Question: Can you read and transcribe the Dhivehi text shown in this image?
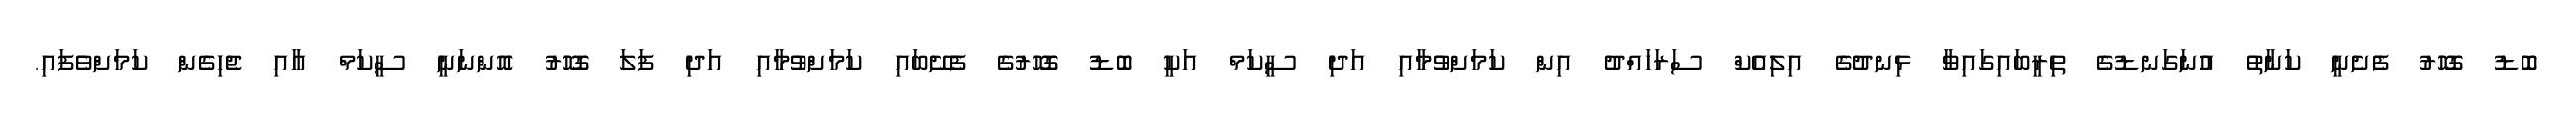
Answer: ބޮޑު ގޮހޮރު ފެށެނީ ކަނާތު އުނަގަނޑުގެ ތިރީބައިގައިވާ ޅިނދުގެ އިލިއެކް ސަރަހައްދު އިން ކަމަށްވުމާއި އަދި ސީކަމް އަކީ ބޮޑު ގޮހޮރުގެ ފެށޭބައި ކަމަށްވުމާއި އަދި ފަލަ ގޮހޮރު އޮންނަނީ ސީކަމް އާއި ޖެހިގެން ކަމަށްވެފައި.